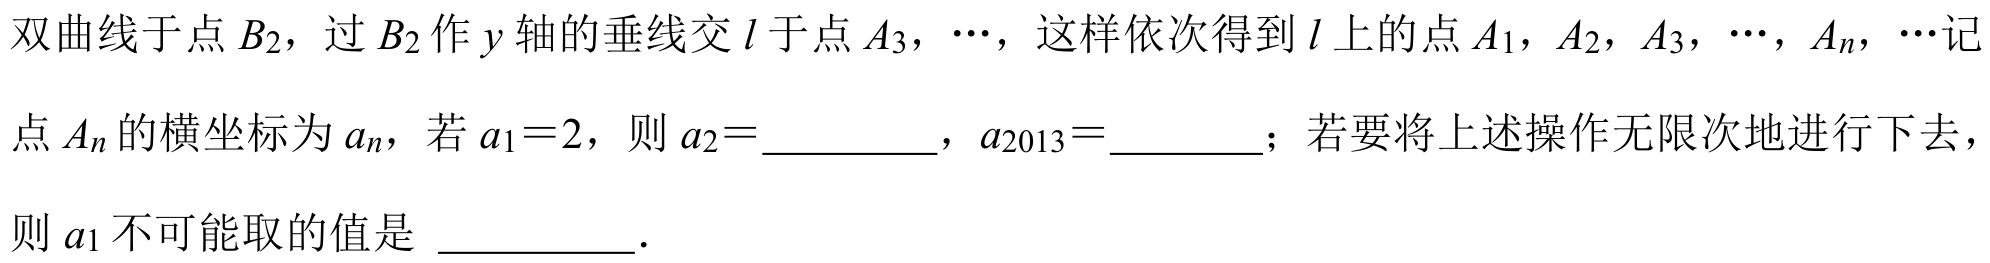
双曲线于点 \(B_{2}\)，过 \(B_{2}\) 作 \(y\) 轴的垂线交 \(l\) 于点 \(A_{3}\)，\(\cdots\)，这样依次得到 \(l\) 上的点 \(A_{1}\)，\(A_{2}\)，\(A_{3}\)，\(\cdots\)，\(A_{n}\)，\(\cdots\)记点 \(A_{n}\) 的横坐标为 \(a_{n}\)，若 \(a_{1}=2\)，则 \(a_{2}=\_\_\_\_\_\)，\(a_{2013}=\_\_\_\_\_\)；若要将上述操作无限次地进行下去，则 \(a_{1}\) 不可能取的值是  \_\_\_\_\_\_．